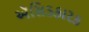
ઍસિડકારક